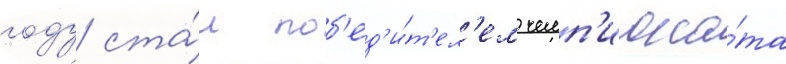
году ста́л поб'ед'и́т'ел'ем чемп'иона́та